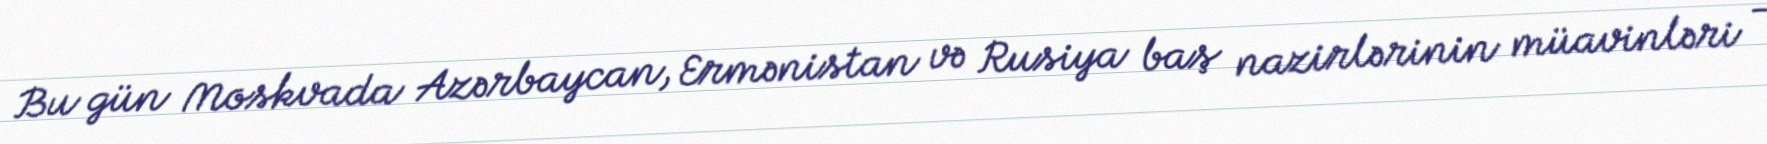
Bu gün Moskvada Azərbaycan, Ermənistan və Rusiya baş nazirlərinin müavinləri -